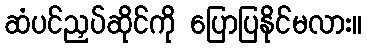
ဆံပင်ညှပ်ဆိုင်ကို ပြောပြနိုင်မလား။